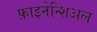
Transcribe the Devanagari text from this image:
फ़ाइनेन्शिअल